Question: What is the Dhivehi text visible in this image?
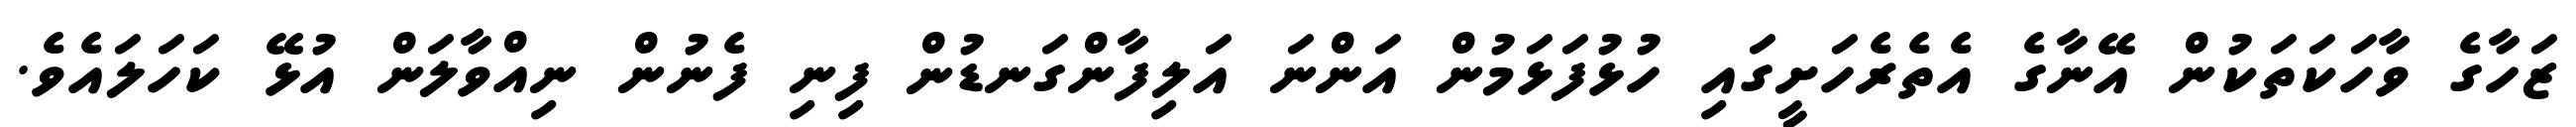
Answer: ޒަހާގެ ވާހަކަތަކުން އޭނާގެ އެތެރެހަށީގައި ހުޅުފަޅަމުން އަންނަ އަލިފާންގަނޑުން ފިނި ފެނުން ނިއްވާލަން އުޅޭ ކަހަލައެވެ.